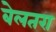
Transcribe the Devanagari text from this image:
बेलतरा